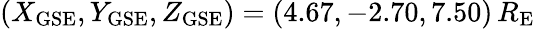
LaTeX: (X_{\mathrm{GSE}},Y_{\mathrm{GSE}},Z_{\mathrm{GSE}})=(4.67,-2.70,7.50)\, R_{\mathrm{E}}